Civil Veterinary Department. Madras. Admin. report 1926-33 - 1926-1933
Year: 1926
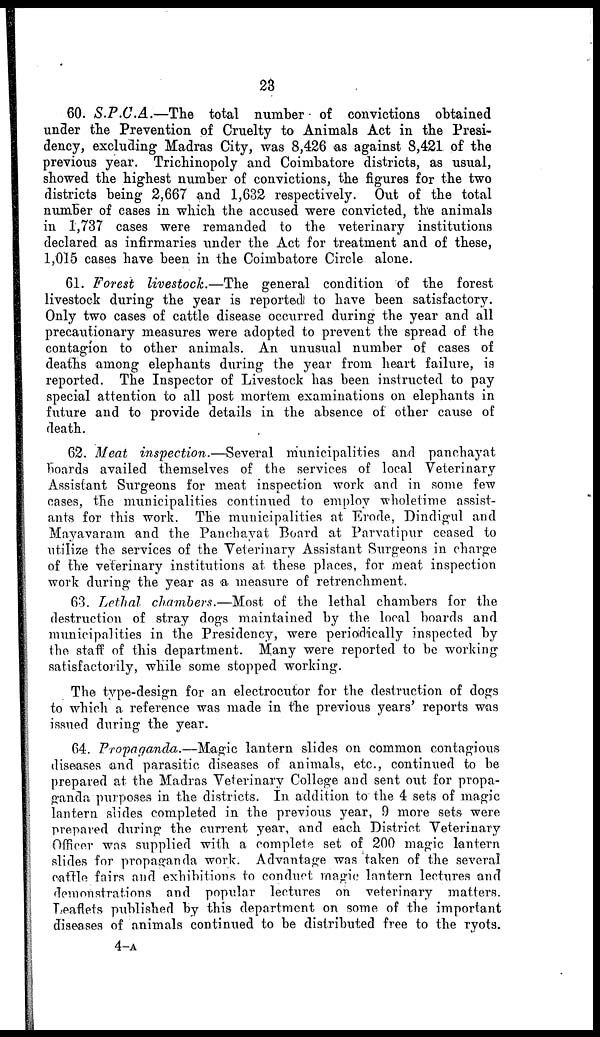
23
60. S.P.C.A.—The
total number of convictions obtained
under the Prevention of Cruelty to Animals Act in the Presi-
dency, excluding Madras City, was 8,426 as against 8,421 of the
previous year. Trichinopoly and Coimbatore districts, as usual,
showed the highest number of convictions, the figures for the two
districts being 2,667 and 1,632 respectively. Out of the total
number of cases in which the accused were convicted, the animals
in 1,737 cases were remanded to the veterinary institutions
declared as infirmaries under the Act for treatment and of these,
1,015 cases have been in the Coimbatore Circle alone.
61. Forest livestock.—The general condition of the forest
livestock during the year is reported to have been satisfactory.
Only two cases of cattle disease occurred during the year and all
precautionary measures were adopted to prevent the spread of the
contagion to other animals. An unusual number of cases of
deaths among elephants during the year from heart failure, is
reported. The Inspector of Livestock has been instructed to pay
special attention to all post mortem examinations on elephants in
future and to provide details in the absence of other cause of
death.
62. Meat inspection.—Several municipalities and panchayat
boards availed themselves of the services of local Veterinary
Assistant Surgeons for meat inspection work and in some few
cases, the municipalities continued to employ wholetime assist-
ants for this work. The municipalities at Erode, Dindigul and
Mayavaram and the Panchayat Board at Parvatipur ceased to
utilize the services of the Veterinary Assistant Surgeons in charge
of the veterinary institutions at these places, for meat inspection
work during the year as a measure of retrenchment.
63. Lethal chambers.—Most of the lethal chambers for the
destruction of stray dogs maintained by the local boards and
municipalities in the Presidency, were periodically inspected by
the staff of this department. Many were reported to be working
satisfactorily, while some stopped working.
The type-design for an electrocutor for the destruction of dogs
to which a reference was made in the previous years' reports was
issued during the year.
64. Propaganda.—Magic lantern slides on common contagious
diseases and parasitic diseases of animals, etc., continued to be
prepared at the Madras Veterinary College and sent out for propa-
ganda purposes in the districts. In addition to the 4 sets of magic
lantern slides completed in the previous year, 9 more sets were
prepared during the current year, and each District Veterinary
Officer was supplied with a complete set of 200 magic lantern
slides for propaganda work. Advantage was taken of the several
cattle fairs and exhibitions to conduct magic lantern lectures and
demonstrations and popular lectures on veterinary matters.
Leaflets published by this department on some of the important
diseases of animals continued to be distributed free to the ryots.
4-A